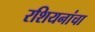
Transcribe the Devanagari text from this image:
रशियनांचा